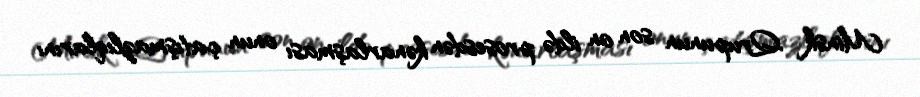
Minsk Qrupunun son on ildə prosesdən kənarlaşması onun çatışmazlıqlarını